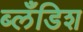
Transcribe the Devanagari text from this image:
ब्लँडिश